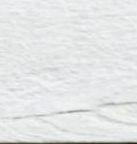
جسر خاص